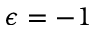
\epsilon = - 1